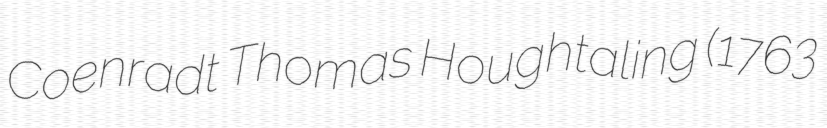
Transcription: Coenradt Thomas Houghtaling (1763